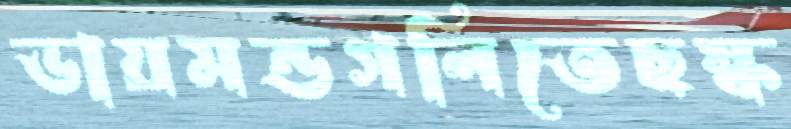
ডায়মন্ডগলিতেছস্ক